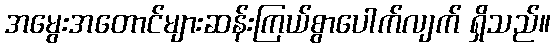
အမွေးအတောင်များဆန်းကြယ်စွာပေါက်လျက် ရှိသည်။